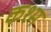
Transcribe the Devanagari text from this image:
कश्म